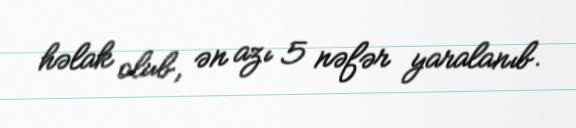
həlak olub, ən azı 5 nəfər yaralanıb.